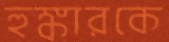
হুঙ্কারকে